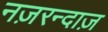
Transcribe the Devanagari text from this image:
नज़रन्दाज़